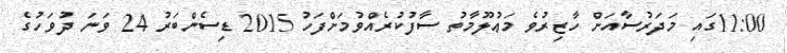
11:00ގައި މަދަރުސާއަށް ހާޒިރުވެ މަޢުލޫމާތު ސާފުކުރެއްވުމަށްފަހު 2015 ޑިސެންބަރު 24 ވަނަ ދުވަހުގެ